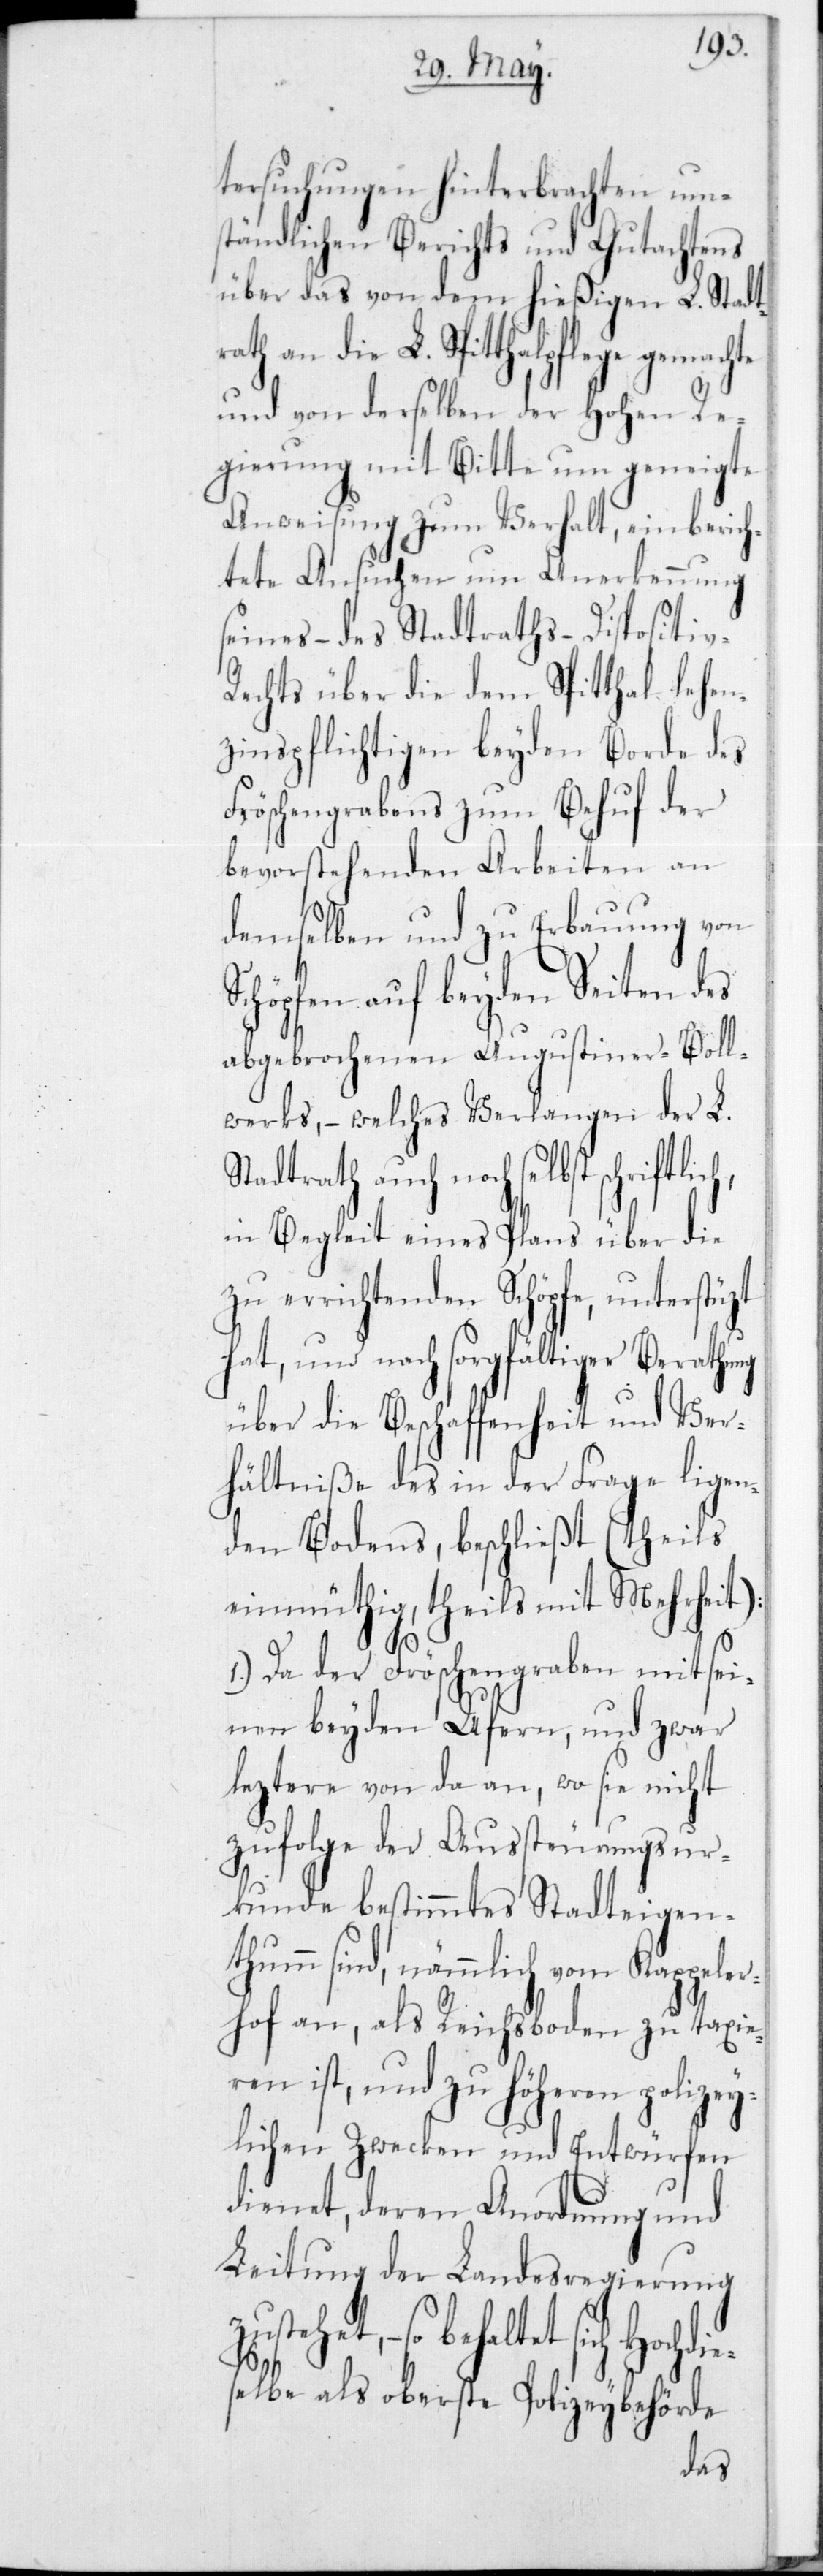
v-R¬
tersuchungen hinterbrachten um¬
ständlichen Berichts und Gutachtens
über das von dem hießigen L. Stadt¬
rath an die L. Spitthalpflege gemachte
und von derselben der Hohen Re¬
gierung mit Bitte um geneigte
Anweisung zum Verhalt, einberich¬
tete Ansuchen um Anerkennung
seines – des Stadtraths – Dispositi¬
echts über die dem Spitthal lehen¬
zinspflichtigen beyden Borde des
Fröschengrabens zum Behuf der
bevorstehenden Arbeiten an
demselben und zu Erbauung von
Schöpfen auf beyden Seiten des
abgebrochenen Augustiner-Boll¬
werks, – welches Verlangen des L.
tadtrath auch noch selbst
in Begleit eines Plans über die
zu errichtenden Schöpfe, unterstüzt
hat, und nach sorgfältiger
cht
über die Beschaffenheit und Ve¬
rhältniße des in der Frage liegen¬
den Bodens, beschließt
einmüthig, theils mit Mehrh¬
t):
1.) Da der Fröschengraben mit sei¬
nen beyden Ufern, und z¬
leztere von da an, wo sie ni¬
zufolge der Aussteurungsur¬
kunde bestimmtes Stadteigen¬
thumm sind, nämmlich vom Kappeler¬
hof an, als Reichsboden zu taxie¬
ren ist, und zu Höheren polizey¬
lichen Zwecken und Entwürfen
dienet, deren Anordnung und
Leitung der Landesregierung
haltet sich hochdie¬
selbe als oberste Polizeybehörde